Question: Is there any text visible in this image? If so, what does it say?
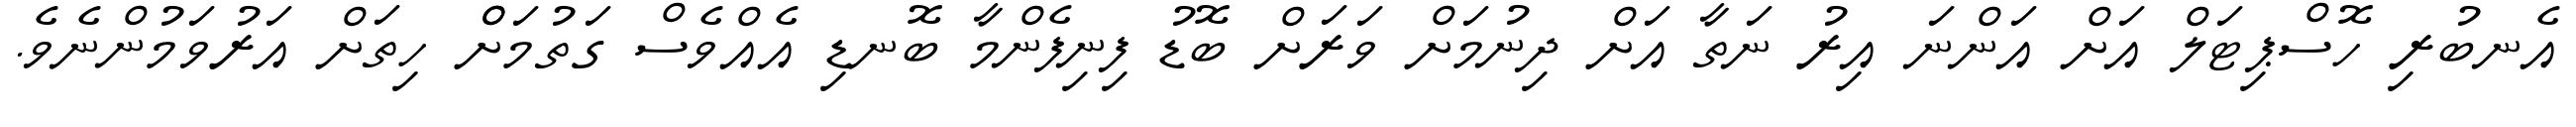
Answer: އެނބުރި ހޮސްޕިޓަލް އަށް އަންނަ އިރު ނަތާ އަށް ދިނުމަށް ވަރަށް ބޮޑު ފިނިފެންމާ ބޮނޑި އެއްވެސް ގަތުމަށްް ހިތަށް އަރުވަމުންނެވެ.